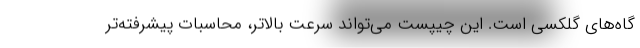
گاه‌های گلکسی است. این چیپست می‌تواند سرعت بالاتر، محاسبات پیشرفته‌تر